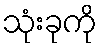
သုံးခုကို